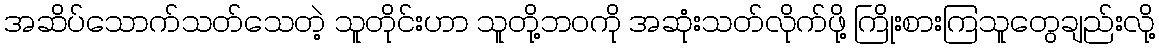
အဆိပ်သောက်သတ်သေတဲ့ သူတိုင်းဟာ သူတို့ဘဝကို အဆုံးသတ်လိုက်ဖို့ ကြိုးစားကြသူတွေချည်းလို့